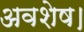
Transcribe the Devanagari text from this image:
अवशेष।